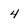
Character: 4